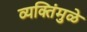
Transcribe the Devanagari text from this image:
व्यक्तिंमुळे